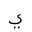
Letter: _ya